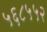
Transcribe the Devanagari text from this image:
५६८५५२